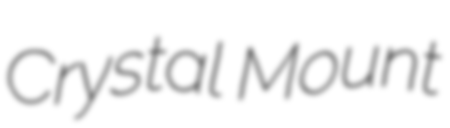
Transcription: Crystal Mount